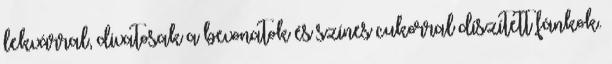
lekvárral, divatosak a bevonatok és színes cukorral díszített fánkok.